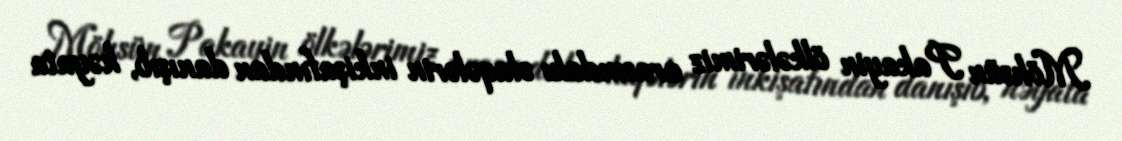
Möhsün Pakayin ölkələrimiz arasındakı əlaqələrin inkişafından danışıb, həyata